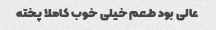
عالی بود طعم خیلی خوب کاملا پخته